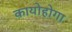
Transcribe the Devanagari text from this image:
कायोहोगा